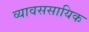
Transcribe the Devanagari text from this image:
व्यावससायिक